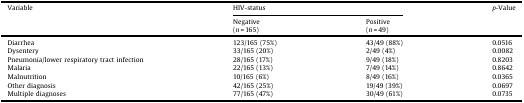
<table><thead><tr><td><b>Variable</b></td><td colspan="2"><b>HIV-status</b></td><td><b><i>p</i>-Value</b></td></tr><tr><td></td><td><b>Negative(<i>n</i> = 165)</b></td><td><b>Positive(<i>n</i> = 49)</b></td><td></td></tr></thead><tbody><tr><td>Diarrhea</td><td>123/165 (75%)</td><td>43/49 (88%)</td><td>0.0516</td></tr><tr><td>Dysentery</td><td>33/165 (20%)</td><td>2/49 (4%)</td><td>0.0082</td></tr><tr><td>Pneumonia/lower respiratory tract infection</td><td>28/165 (17%)</td><td>9/49 (18%)</td><td>0.8203</td></tr><tr><td>Malaria</td><td>22/165 (13%)</td><td>7/49 (14%)</td><td>0.8642</td></tr><tr><td>Malnutrition</td><td>10/165 (6%)</td><td>8/49 (16%)</td><td>0.0365</td></tr><tr><td>Other diagnosis</td><td>42/165 (25%)</td><td>19/49 (39%)</td><td>0.0697</td></tr><tr><td>Multiple diagnoses</td><td>77/165 (47%)</td><td>30/49 (61%)</td><td>0.0735</td></tr></tbody></table>